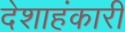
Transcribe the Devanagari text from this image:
देशाहंकारी